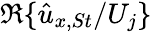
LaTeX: \mathfrak{R}\{ \hat{{u}}_{x,St}/U_{j}\}